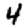
Digit: 4